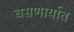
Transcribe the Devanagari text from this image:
बसणार्यात